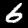
Label: 6